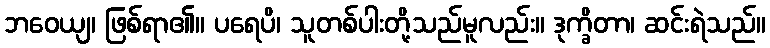
ဘဝေယျ၊ ဖြစ်ရာ၏။ ပရေပိ၊ သူတစ်ပါးတို့သည်မူလည်း။ ဒုက္ခိတာ၊ ဆင်းရဲသည်။